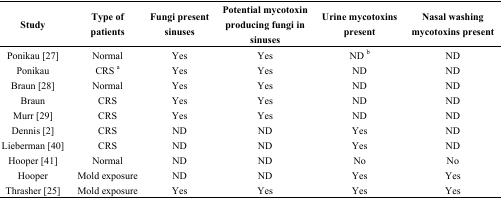
| Study | Type of patients | Fungi present sinuses | Potential mycotoxin producing fungi in sinuses | Urine mycotoxins present | Nasal washing mycotoxins present |
 | --- | --- | --- | --- | --- | --- |
 | Ponikau [27] | Normal | Yes | Yes | ND b | ND |
 | Ponikau | CRS a | Yes | Yes | ND | ND |
 | Braun [28] | Normal | Yes | Yes | ND | ND |
 | Braun | CRS | Yes | Yes | ND | ND |
 | Murr [29] | CRS | Yes | Yes | ND | ND |
 | Dennis [2] | CRS | ND | ND | Yes | ND |
 | Lieberman [40] | CRS | ND | ND | Yes | ND |
 | Hooper [41] | Normal | ND | ND | No | No |
 | Hooper | Mold exposure | ND | ND | Yes | Yes |
 | Thrasher [25] | Mold exposure | Yes | Yes | Yes | Yes |